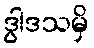
ဒွါဒသမှိ